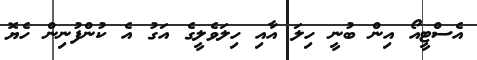
އެސްޓީއޯ އިން ބުނީ ހިލަ އާއި ހިލަވެލީގެ އަގު އެ ކުންފުނިން ހެޔޮ